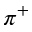
\pi ^ { + }